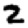
Digit: 2